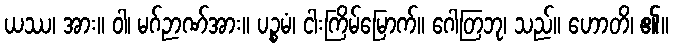
ယဿ၊ အား။ ဝါ၊ မဂ်ဉာဏ်အား။ ပဉ္စမံ၊ ငါးကြိမ်မြောက်။ ဂေါတြဘု၊ သည်။ ဟောတိ၊ ၏။